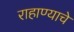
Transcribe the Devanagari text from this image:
राहाण्याचे